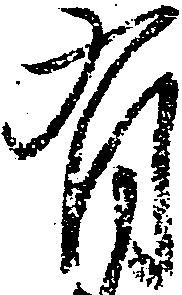
有